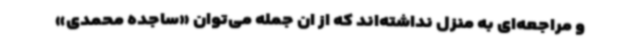
و مراجعه‌ای به منزل نداشته‌اند که از ان جمله می‌توان «ساجده محمدی»